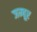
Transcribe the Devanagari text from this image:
जम्बूर